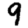
Digit: 9